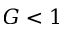
G < 1